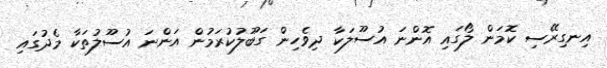
އިނގިރޭސި ކޮމަން ލޯގައި އޮންނަ އުސޫލަކާ ދިވެހިން ގަބޫލުކުރަމުން އަންނަ އުސޫލުތަކާ މެދުގައި